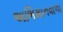
અભિમાનવાળા